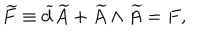
\widetilde { F } \equiv \widetilde { d } \widetilde { A } + \widetilde { A } \wedge \widetilde { A } = F ,